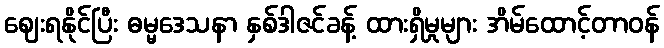
ဈေးရနိုင်ပြီး ဓမ္မဒေသနာ နှစ်ဒါဇင်ခန့် ထားရှိမှုများ အိမ်ထောင့်တာဝန်